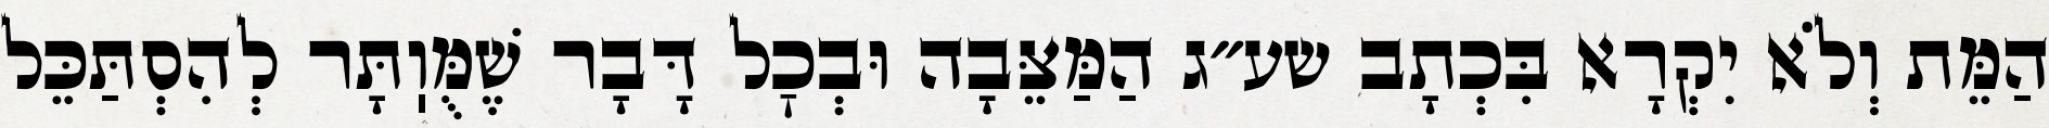
הַמֵּת וְלֹא יִקְרָא בִּכְתָב שע״ג הַמַּצֵּבָה וּבְכׇל דָּבָר שֶׁמֻּוֽתָּר לְהִסְתַּכֵּל